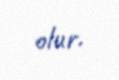
olur.